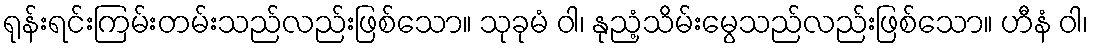
ရုန်းရင်းကြမ်းတမ်းသည်လည်းဖြစ်သော။ သုခုမံ ဝါ၊ နုညံ့သိမ်းမွေသည်လည်းဖြစ်သော။ ဟီနံ ဝါ၊